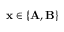
\mathbf { x } \in \left\{ \mathbf { A } , \mathbf { B } \right\}